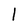
Character: 1